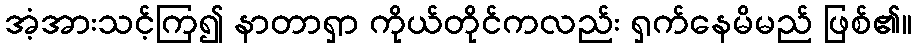
အံ့အားသင့်ကြ၍ နာတာရှာ ကိုယ်တိုင်ကလည်း ရှက်နေမိမည် ဖြစ်၏။